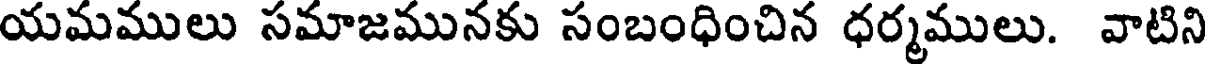
యమములు సమాజమునకు సంబంధించిన ధర్మములు. వాటిని